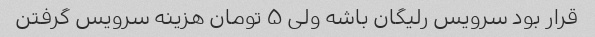
قرار بود سرویس رلیگان باشه ولی ۵ تومان هزینه سرویس گرفتن